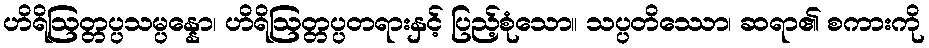
ဟိရိဩတ္တပ္ပသမ္ပန္နော၊ ဟိရိဩတ္တပ္ပတရားနှင့် ပြည့်စုံသော။ သပ္ပတိဿော၊ ဆရာ၏ စကားကို